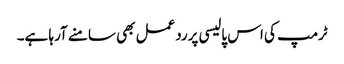
ٹرمپ کی اس پالیسی پرردعمل بھی سامنے آرہا ہے۔